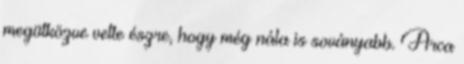
megütközve vette észre, hogy még nála is soványabb. Arca